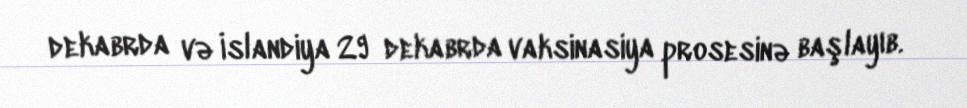
dekabrda və İslandiya 29 dekabrda vaksinasiya prosesinə başlayıb.